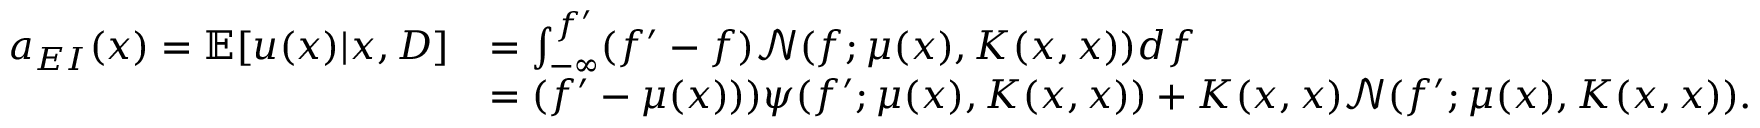
\begin{array} { r l } { a _ { E I } ( x ) = \mathbb { E } [ u ( x ) | x , D ] } & { = \int _ { - \infty } ^ { f ^ { \prime } } ( f ^ { \prime } - f ) \mathcal { N } ( f ; \mu ( x ) , K ( x , x ) ) d f } \\ & { = ( f ^ { \prime } - \mu ( x ) ) ) \psi ( f ^ { \prime } ; \mu ( x ) , K ( x , x ) ) + K ( x , x ) \mathcal { N } ( f ^ { \prime } ; \mu ( x ) , K ( x , x ) ) . } \end{array}